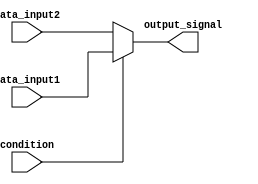
module conditional_assignment (
    input wire condition,      // Condition signal (single-bit)
    input wire [WIDTH-1:0] data_input1, // First data input
    input wire [WIDTH-1:0] data_input2, // Second data input
    output wire [WIDTH-1:0] output_signal // Output signal
);
    parameter WIDTH = 8; // Parameter to define the width of the data inputs and output

    // Continuous assignment using the ternary operator
    assign output_signal = (condition) ? data_input1 : data_input2;

endmodule